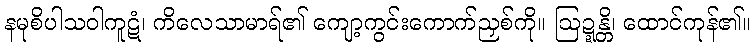
နမုစိပါသဝါကူဋံ၊ ကိလေသာမာရ်၏ ကျော့ကွင်းကောက်ညှစ်ကို။ ဩဍ္ဍန္တိ၊ ထောင်ကုန်၏။